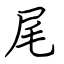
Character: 尾